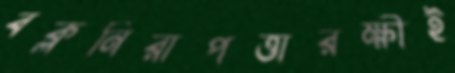
বক্লনিরাপত্তারক্ষীই